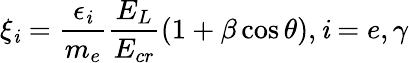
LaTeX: \xi_{\mathit{i}}=\frac{{\epsilon_{\mathit{i}}}}{{m_{e}}}\frac{{E_{L}}}{{E_{cr}}}(1+\beta\cos\theta),\mathit{i}=e,\gamma